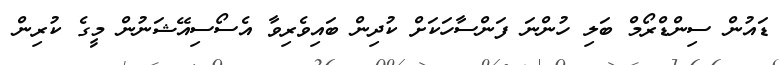
ޑައުން ސިންޑްރޯމް ބަލި ހުންނަ ފަންސާހަކަށް ކުދިން ބައިވެރިވާ އެސޯސިއޭޝަނުން މީގެ ކުރިން